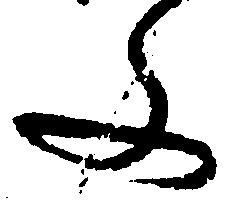
文